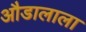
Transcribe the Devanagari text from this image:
औडालाला